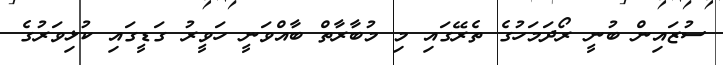
ސުޒައިން ބުނީ ރޯދަމަހުގެ ތެރޭގައި މި މުބާރާތް ބާއްވަނީ ހަވީރު ގަޑީގައި ކުޅިވަރުގެ